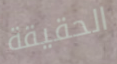
الحقيقة